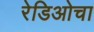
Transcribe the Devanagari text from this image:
रेडिओचा